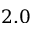
2 . 0